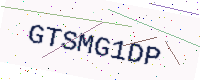
Text: GTSMG1DP